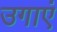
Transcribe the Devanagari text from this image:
उगाएं